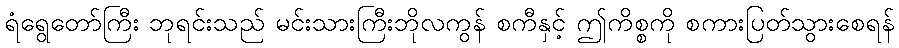
ရံရွေတော်ကြီး ဘုရင်းသည် မင်းသားကြီးဘိုလကွန် စကီနှင့် ဤကိစ္စကို စကားပြတ်သွားစေရန်